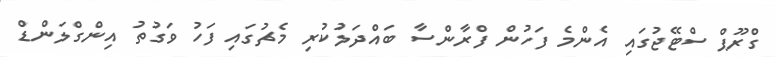
ގްރޫޕް ސްޓޭޖުގައި އެންމެ ފަހުން ފްރާންސާ ބައްދަލުކުރި މެޗުގައި ފަހު ވަގުތު އިންގްލަންޑް